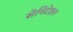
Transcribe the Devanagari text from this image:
सेनिटेशन